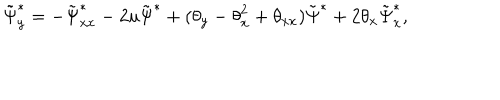
LaTeX: \tilde { \Psi } _ { y } ^ { * } = - \tilde { \Psi } _ { x x } ^ { * } - 2 u \tilde { \Psi } ^ { * } + ( { \theta } _ { y } - { \theta } _ { x } ^ { 2 } + { \theta } _ { x x } ) \tilde { \Psi } ^ { * } + 2 { \theta } _ { x } \tilde { \Psi } _ { x } ^ { * } ,